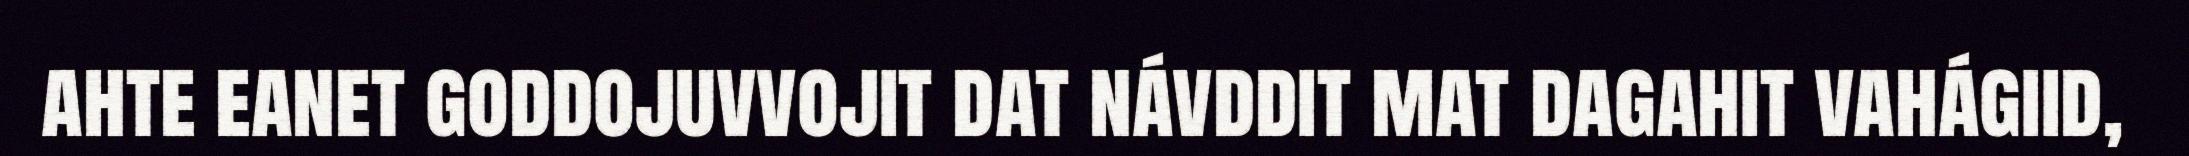
ahte eanet goddojuvvojit dat návddit mat dagahit vahágiid,